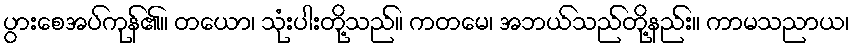
ပွားစေအပ်ကုန်၏။ တယော၊ သုံးပါးတို့သည်။ ကတမေ၊ အဘယ်သည်တို့နည်း။ ကာမသညာယ၊